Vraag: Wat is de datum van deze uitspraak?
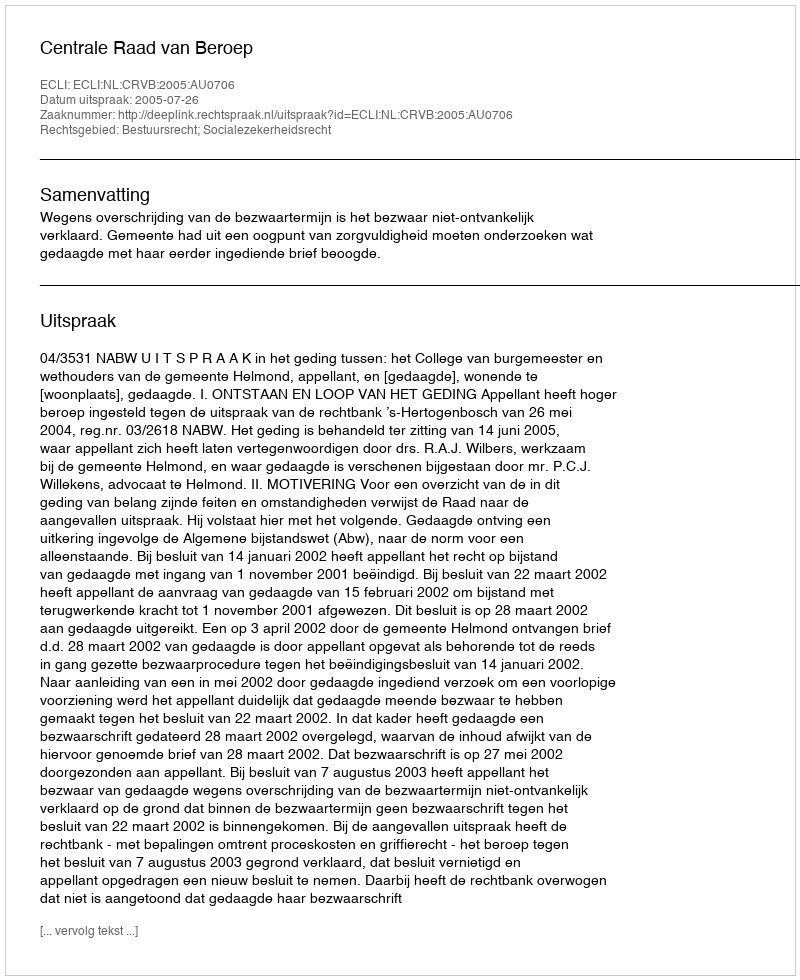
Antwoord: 2005-07-26